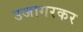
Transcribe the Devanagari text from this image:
उजागरकर